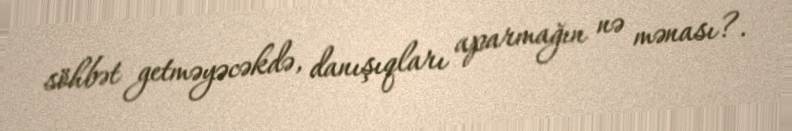
söhbət getməyəcəkdə, danışıqları aparmağın nə mənası?.